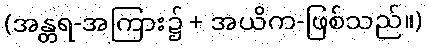
(အန္တရ-အကြား၌ + အယိက-ဖြစ်သည်။)